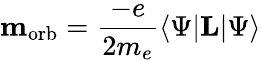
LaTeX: \mathbf{m}_{\mathrm{{orb}}}={\frac{-e}{2m_{e}}}\langle\Psi\vert\mathbf{L}\vert\Psi\rangle